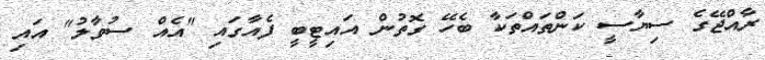
ރާއްޖޭގެ ސިޔާސީ ކަންތައްތަކާ ބެހޭ ގޮތުން އައިޓީބީ ފެއާގައި "އެއް ސުވާލު" އައި